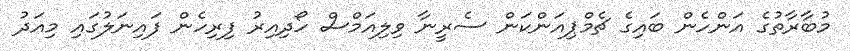
މުބާރާތުގެ އަންހެން ބައިގެ ޗެމްޕިއަންކަން ސެރީނާ ވިލިއަމްސް ހޯދިއިރު ފިރިހެން ފައިނަލުގައި މިއަދު